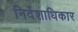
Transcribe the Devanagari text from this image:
निर्देशाधिकार